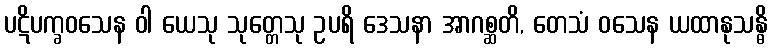
ပဋိပက္ခဝသေန ဝါ ယေသု သုတ္တေသု ဥပရိ ဒေသနာ အာဂစ္ဆတိ, တေသံ ဝသေန ယထာနုသန္ဓိ